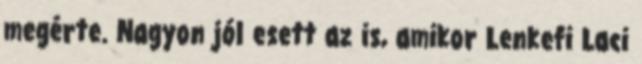
megérte. Nagyon jól esett az is, amikor Lenkefi Laci